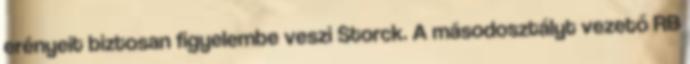
erényeit biztosan figyelembe veszi Storck. A másodosztályt vezető RB